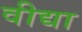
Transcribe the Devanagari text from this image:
वीद्या